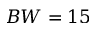
B W = 1 5